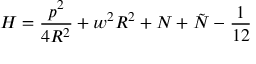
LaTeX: H = \frac { p ^ { 2 } } { 4 R ^ { 2 } } + w ^ { 2 } R ^ { 2 } + N + \tilde { N } - \frac { 1 } { 1 2 }